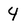
Character: 4